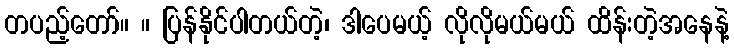
တပည့်တော်။ ။ ပြန်နိုင်ပါတယ်တဲ့၊ ဒါပေမယ့် လိုလိုမယ်မယ် ထိန်းတဲ့အနေနဲ့